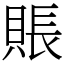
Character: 賬